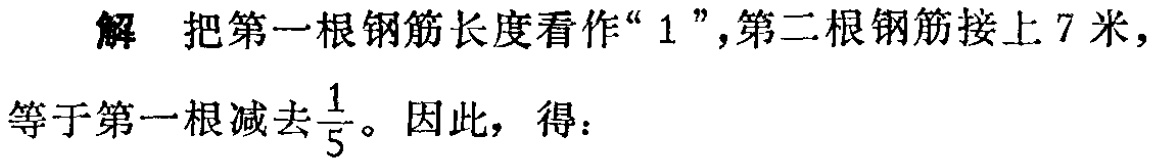
解 把第一根钢筋长度看作“$1$”,第二根钢筋接上$7$米,等于第一根减去$\frac{1}{5}$。因此，得：